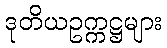
ဒုတိယဥက္ကဋ္ဌများ